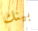
بينك